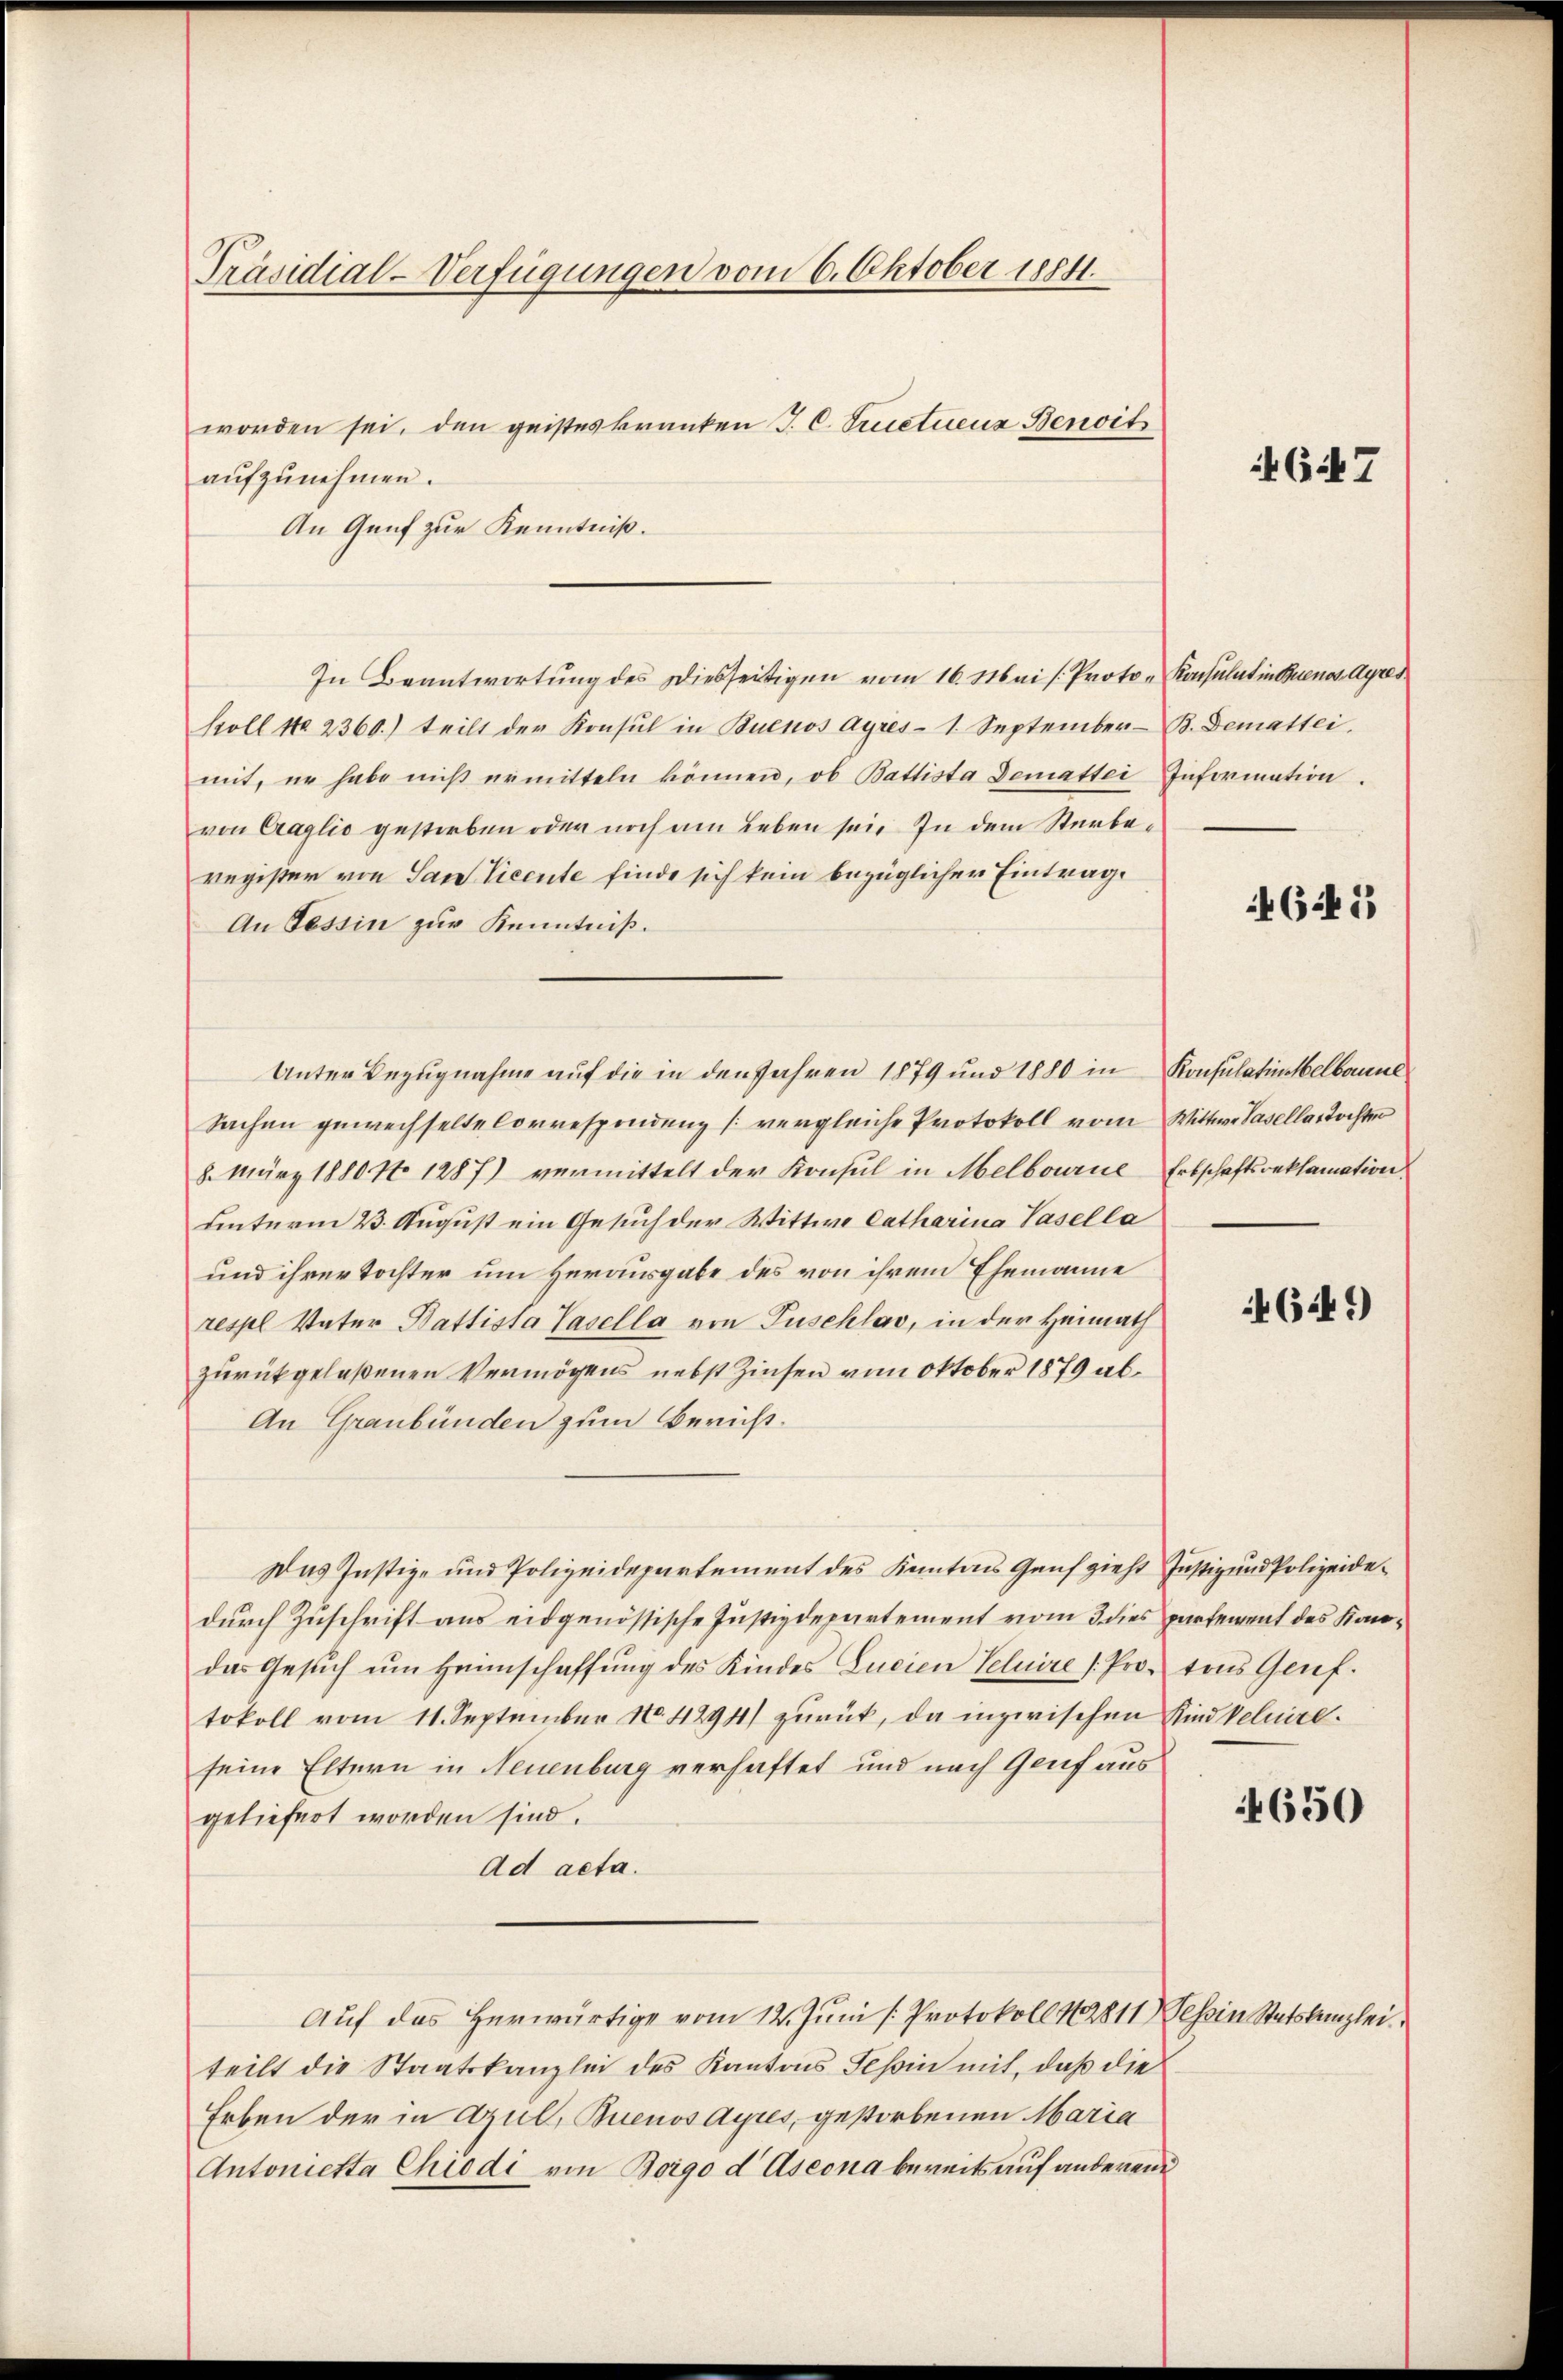
Präsidial-Verfügungen vom 6. Oktober 1884.

worden sei, den geisteskranken J. C. Suetuenz Benoit
aŭfzŭnehmen.
An Genf zur Kenntniß.
In Beantwortung des Diesseitigen vom 16. Mai /: Proto-Konsulat in Buenos-Ayres
koll No 2360.) teilt der Konsul in Buenos Ayres- 1. September-B. Demattei
mit, er habe nicht ermitteln können, ob Battista Demattei Information.
von Craglio gestorben oder noch am Leben sei. In dem Sterberegister von San Vicente finde sich kein bezüglicher Eintrag.
An Tessin zur Kenntniß.
Unter Bezugnahme auf die in den Jahren 1879 und 1880 in Konsulationsbelbanne
Sachen gewechselte Correspondenz (vergleiche Protokoll vom Wittwe Basella, Tochter
8. März 1880 No 1287) vermittelt der Konsul in Melbourne Erbschaftsreklamation
unterm 23. August ein Gesuch der Wittwe Catharina Pasella
und ihrer Tochter um Herausgabe des von ihrem Ehemanne
respl Vater Battista Vasella von Puschlas, in der Heimath
zurückgelaßenen Vermögens nebst Zinsen vom Oktober 1879 ab¬
An Graubünden zum Bericht.
Das Justiz- und Polizeidepartement des Kantons Genf zieht Justiz und Polizeidedurch Zuschrift aus eidgenössische Justizdepartement vom 3 dies partement des Kandas Gesŭch ŭm Heimschaffŭng des Kindes Lucien Celuire /. Pro- tons Genf.
tokoll vom 11. September N. 4294) zurück, da inzwischen Kindbelnice.
seine Eltern in Neuenburg verhaftet und nach Genf aus
geliefert worden sind.
Ad acta.
Auf das herwärtige vom 12. Juni /: Protokoll 12811) Tessin Statskanzlei
teilt die Staatskanzlei des Kantons Teßin mit, daß die
Erben der in Azul, Buenos Ayres, gestorbenen Maria
Antonietta Chrodi von Boigo d Aseona bereits auf anderend

647

645

4649)

4650